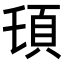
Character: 𩑒